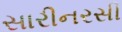
સારીનરસી